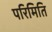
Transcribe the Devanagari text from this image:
परिमिति